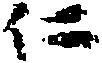
仁